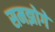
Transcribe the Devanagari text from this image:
समझोगे